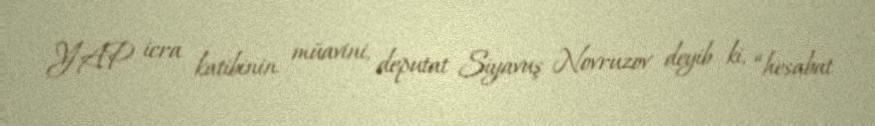
YAP icra katibinin müavini, deputat Siyavuş Novruzov deyib ki, “hesabat